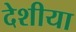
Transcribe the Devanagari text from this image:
देशीया